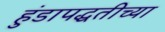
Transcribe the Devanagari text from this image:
हुंडापद्धतीच्या